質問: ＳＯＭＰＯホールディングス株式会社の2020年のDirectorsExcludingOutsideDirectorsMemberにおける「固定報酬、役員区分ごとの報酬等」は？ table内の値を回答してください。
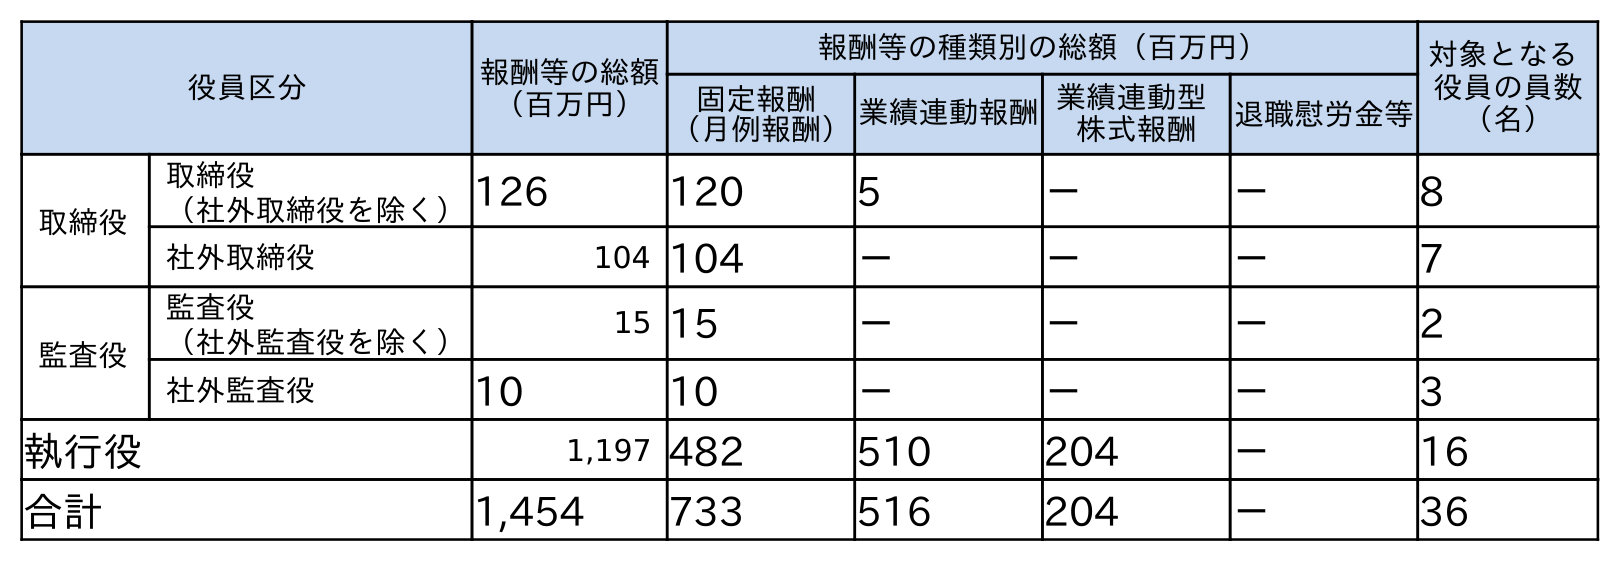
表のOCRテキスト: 役員区分 報酬等の総額 （百万円） 報酬等の種類別の総額（百万円） 対象となる 役員の員数 （名） 固定報酬 （月例報酬）業績連動報酬業績連動型 株式報酬 退職慰労金等 取締役 取締役 （社外取締役を除く）126 120 5 － － 8 社外取締役 104 104 － － － 7 監査役 監査役 （社外監査役を除く） 15 15 － － － 2 社外監査役 10 10 － － － 3 執行役 1,197 482 510 204 － 16 合計 1,454 733 516 204 － 36
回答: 120